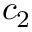
c _ { 2 }